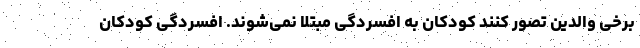
برخی والدین تصور کنند کودکان به افسردگی مبتلا نمی‌شوند. افسردگی کودکان